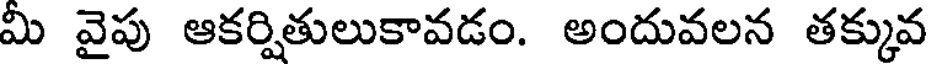
మ వైపు ఆకర్షితులుకావడం. అందువలన తక్కువ